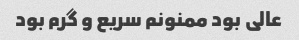
عالی بود ممنونم سریع و گرم بود